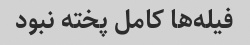
فیله‌ها کامل پخته نبود